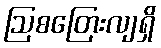
ဩစတြေးလျရှိ